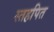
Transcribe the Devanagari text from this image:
स्तहपित